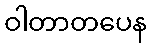
ဝါတာတပေန